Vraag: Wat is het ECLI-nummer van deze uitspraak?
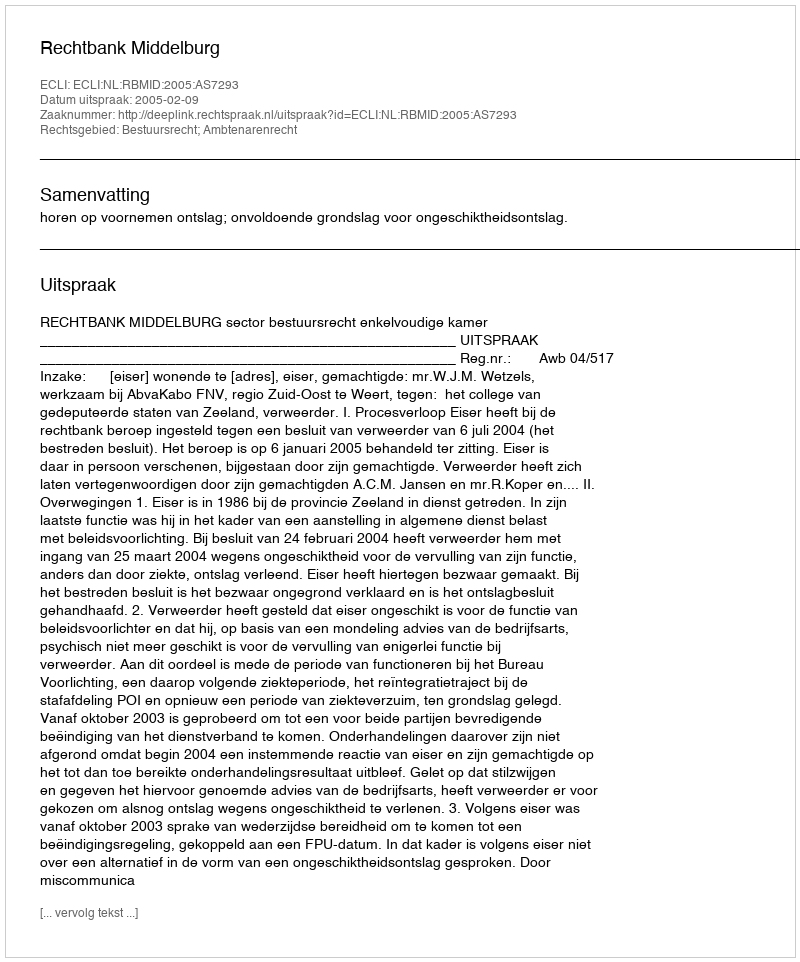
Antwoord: ECLI:NL:RBMID:2005:AS7293